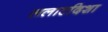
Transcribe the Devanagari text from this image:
ललाटदिशा